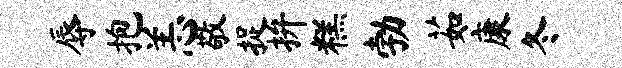
辱抱恙敬捉拚糕勃茹康冬